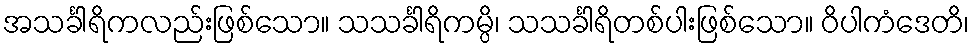
အသင်္ခါရိကလည်းဖြစ်သော။ သသင်္ခါရိကမ္ပိ၊ သသင်္ခါရိတစ်ပါးဖြစ်သော။ ဝိပါကံဒေတိ၊